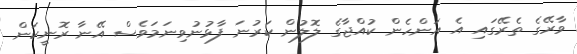
ވާރޭގެ ތެރޭގައި އެ އަންހެން ކުއްޖާގެ ލޮލުން ކަރުނަ ފާޅުނުވިނަމަވެސް އޭނާ ރޮނީކަން